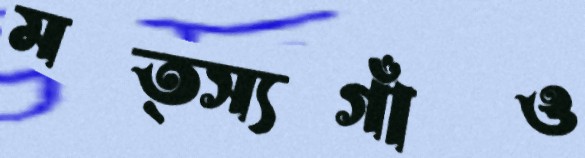
মত্স্যগাঁও